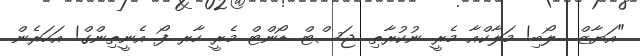
"އަޔާޒް.....ލޯބި! މަލާކްއާ މެރީ ނުކުރާތި. ޖަސްޓް...ޑޯންޓް މެރީ ހާރ ފޯ އެނީތިންގް! އަހަރެން